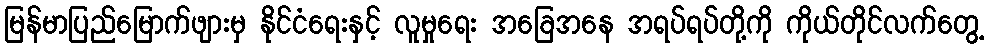
မြန်မာပြည်မြောက်ဖျားမှ နိုင်ငံရေးနှင့် လူမှုရေး အခြေအနေ အရပ်ရပ်တို့ကို ကိုယ်တိုင်လက်တွေ့